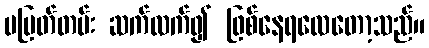
မပြတ်တမ်း ဆက်လက်၍ ဖြစ်နေရလေတော့သည်။